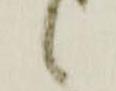
候